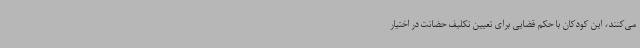
می‌کنند، این کودکان با حکم قضایی برای تعیین تکلیف حضانت در اختیار